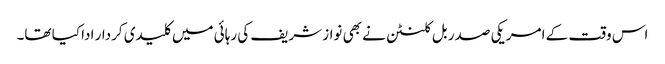
اس وقت کے امریکی صدر بل کلنٹن نے بھی نواز شریف کی رہائی میں کلیدی کردار ادا کیا تھا۔